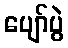
ပျော်ပွဲ